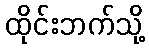
ထိုင်းဘက်သို့